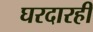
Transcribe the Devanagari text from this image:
घरदारही